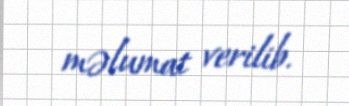
məlumat verilib.